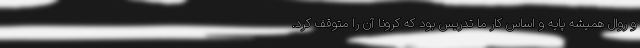
و روال همیشه پایه و اساس کار ما تدریس بود که کرونا آن را متوقف کرد.